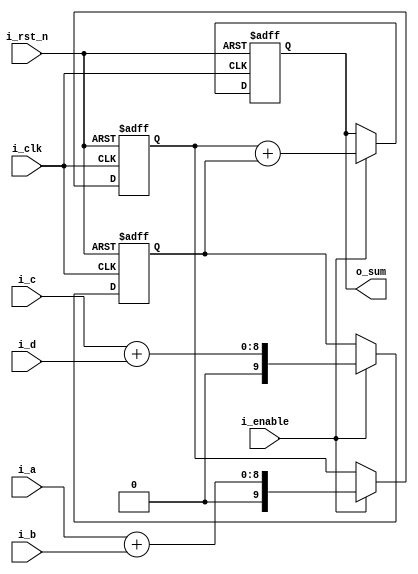
module add_4_nums (
    input   wire            i_rst_n,
    input   wire            i_clk,
    input   wire            i_enable,
    input   wire    [7:0]   i_a,
    input   wire    [7:0]   i_b,
    input   wire    [7:0]   i_c,
    input   wire    [7:0]   i_d,
    output  reg     [9:0]   o_sum
);
    
reg [9:0] r_ab, r_cd;
always @(posedge i_clk or negedge i_rst_n) begin
    if(~i_rst_n)
        r_ab <= 0;
    else begin
        if(i_enable)
            r_ab <= i_a + i_b;
    end
end

always @(posedge i_clk or negedge i_rst_n) begin
    if(~i_rst_n)
        r_cd <= 0;
    else begin
        if(i_enable)
            r_cd <= i_c + i_d;
    end
end

///////////////////////////////////////////////

always @(posedge i_clk or negedge i_rst_n) begin
    if(~i_rst_n)
        o_sum <= 0;
    else begin
        if(i_enable)
            o_sum <= r_ab + r_cd;
    end
end

endmodule